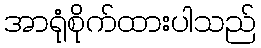
အာရုံစိုက်ထားပါသည်